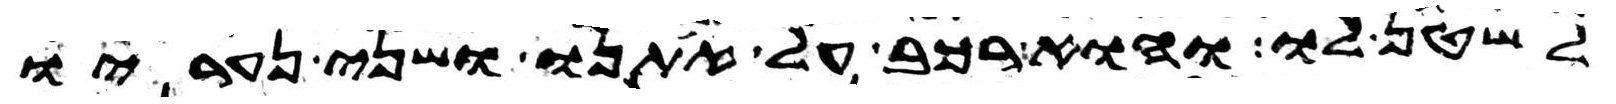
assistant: לשטן לו והוא רכב על אתנו ושני נעריו